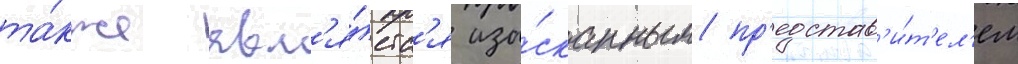
та́кже явл'я́етс'я изы́сканным пр'едстав'и́т'ел'ем